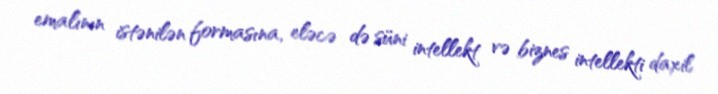
emalının istənilən formasına, eləcə də süni intellekt və biznes intellekti daxil